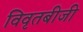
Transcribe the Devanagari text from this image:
विवृतबीजी